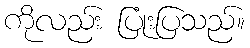
ကိုလည်း ပြုံးပြသည်။